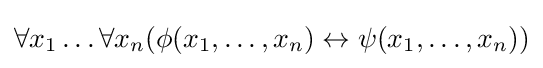
\forall x_{1}\dots \forall x_{n}(\phi (x_{1},\dots ,x_{n})\leftrightarrow \psi (x_{1},\dots ,x_{n}))